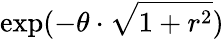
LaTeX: \exp(-\theta\cdot\sqrt{1+r^{2}})